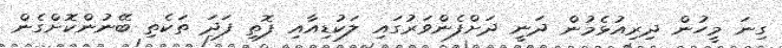
ގިނަ މީހުން ދިރިއުޅެމުން ދަނީ ދަށްފެންވަރުގައި ލަކުޑިއާއި ފޮތި ފަދަ ތަކެތި ބޭނުންކޮށްގެން